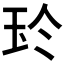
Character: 𰡳